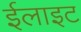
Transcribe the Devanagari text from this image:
ईलाइट